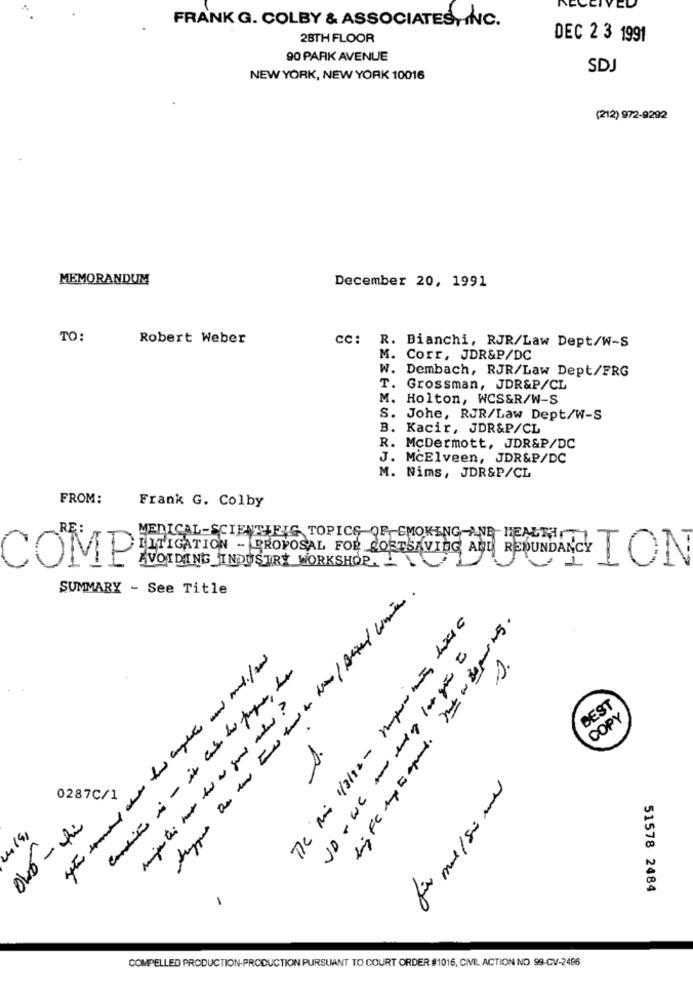
FRANK G. COLBY & ASSOCIATESTINC.
28TH FLOOR
DEC 2 3 1991
90 PARK AVENUE
SDJ
NEW YORK, NEW YORK 10016
(212) 972-9292
MEMORANDUM
December 20, 1991
TO:
Robert Weber
CC: R. Bianchi, RJR/Law Dept/W-S
M. Corr, JDR&P/DC
W. Dembach, RJR/Law Dept/FRG
T. Grossman, JDR&P/CL
M. Holton, WCS&R/W-S
S. Johe, RJR/Law Dept/W-S
B. Kacir, JDR&P/CL
R. McDermott, JDR&P/DC
J. McElveen, JDR&P/DC
M. Nims, JDR&P/CL
FROM:
Frank G. Colby
MEDICAL-SCIENTIEIG TOPICS OF SMOKING AND HEALTH
LITIGATION - PROPOSAL FOR COSTSAVING AND REDUNDANCYION
COMP
AVOIDING INDUSTRY WORKSHOP,
SUMMARY - See Title
2.
BEST
COPY
for mal/50 med
0287C/1
· somenFull mostrador
51578 2484
-
COMPELLED PRODUCTION-PRODUCTION PURSUANT TO COURT ORDER #1016, CIVIL ACTION NO. 99-CV-2496